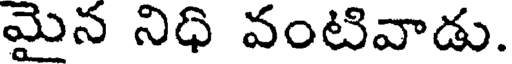
మైన నిధి వంటివాడు.